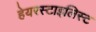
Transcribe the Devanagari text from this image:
हेयरस्टाइलिस्ट